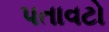
પતાવટો